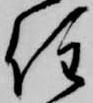
住